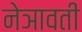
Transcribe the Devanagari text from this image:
नेञावती